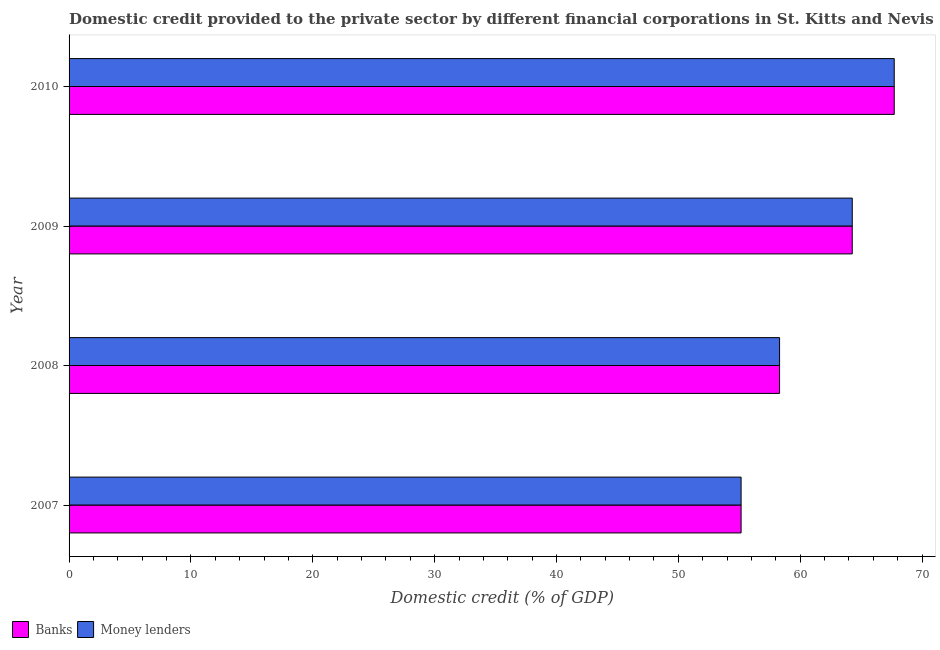
| Year | Banks | Money lenders |
 | --- | --- | --- |
 | 2007 | 55.2 | 55.2 |
 | 2008 | 58.3 | 58.3 |
 | 2009 | 64.3 | 64.3 |
 | 2010 | 67.7 | 67.7 |